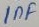
Text: 1nF